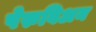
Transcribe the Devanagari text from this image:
पेरुविअन